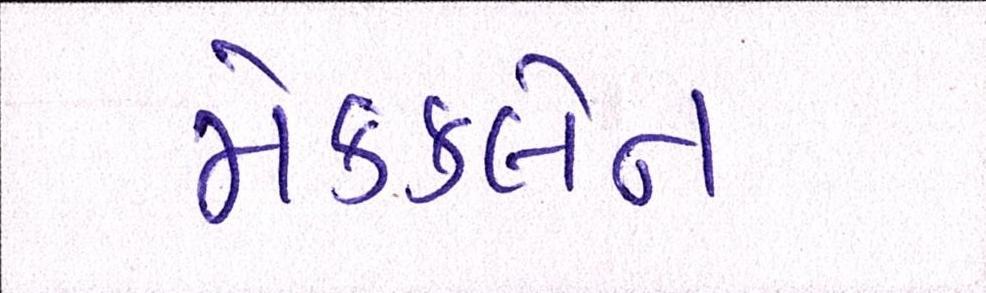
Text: મેકક્લેન